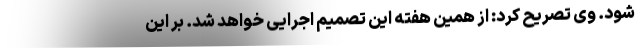
شود. وی تصریح کرد: از همین هفته این تصمیم اجرایی خواهد شد. بر این